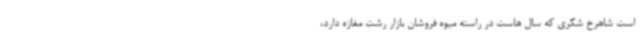
است شاهرخ شکری که سال هاست در راسته میوه فروشان بازار رشت مغازه دارد،